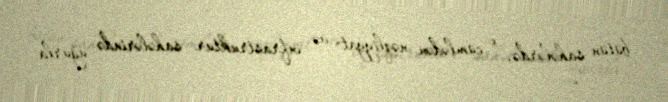
bütün sahələrdə, o cümlədən nəqliyyat və infrastruktur sahələrində uğurla